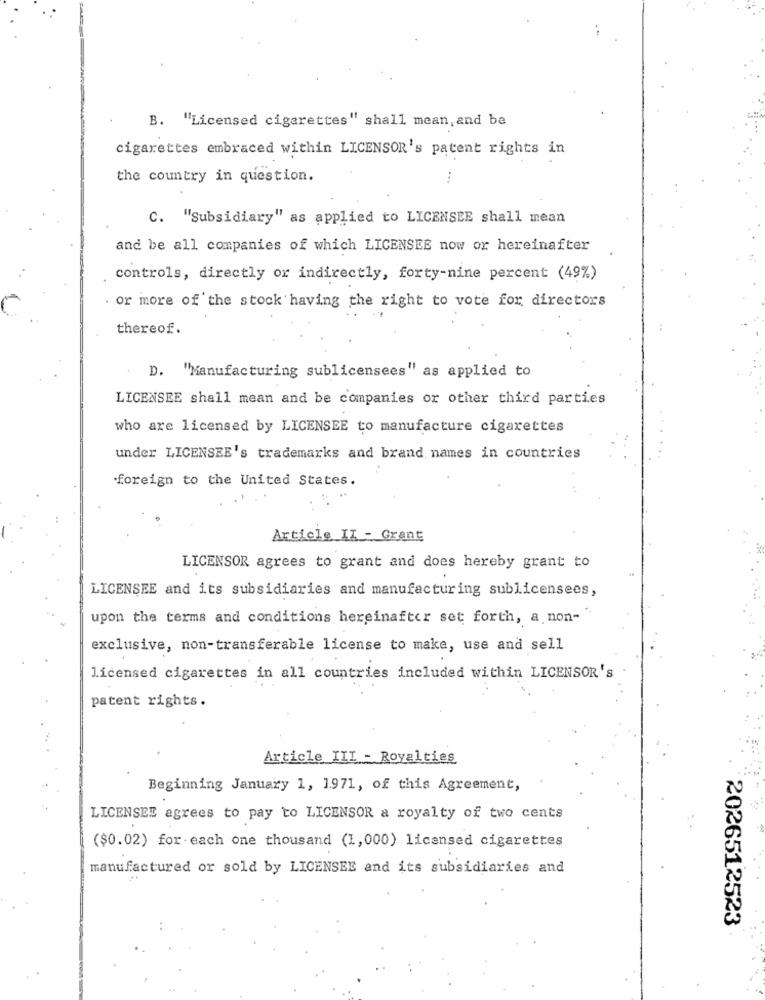
B. "Licensed cigarettes" shall mean, and be
cigarettes embraced within LICENSOR's patent rights in
the country in question.
C. "Subsidiary" as applied to LICENSEE shall mean
and be all companies of which LICENSEE now or hereinafter
controls, directly or indirectly, forty-nine percent (49%)
. or more of the stock having the right to vote for directors
thereof.
D. "Manufacturing sublicensees" as applied to
LICENSEE shall mean and be companies or other third parties
who are licensed by LICENSEE to manufacture cigarettes
under LICENSEE's trademarks and brand names in countries
foreign to the United States.
Article II - Grent
LICENSOR agrees to grant and does hereby grant to
LICENSEE and its subsidiaries and manufacturing sublicensees,
upon the terms and conditions hereinafter set forth, a non-
exclusive, non-transferable license to make, use and sell
licensed cigarettes in all countries included within LICENSOR's
patent rights.
Article III - Royalties
Beginning January 1, 1971, of this Agreement,
LICENSEE agrees to pay to LICENSOR a royalty of two cents
($0.02) for each one thousand (1,000) licensed cigarettes
manufactured or sold by LICENSEE and its subsidiaries and
2026512523